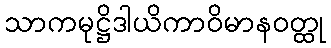
သာကမုဋ္ဌိဒါယိကာဝိမာနဝတ္ထု